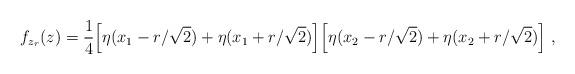
LaTeX: \begin{align*} f_{z_r}(z)= \frac14 \Big[\eta(x_1-r/\sqrt{2}) + \eta(x_1+r/\sqrt{2})\Big]\Big[\eta(x_2-r/\sqrt{2}) + \eta(x_2+r/\sqrt{2})\Big]\;, \end{align*}